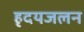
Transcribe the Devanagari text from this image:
हृदयजलन